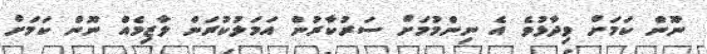
ނޫން ކަމަށް ވިދާޅުވެ އެ ނިންމުމަށް ސަރުކާރުން އަމަލުކުރަން ލާޒިމެއް ނޫން ކަމަށް